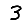
Digit: 3